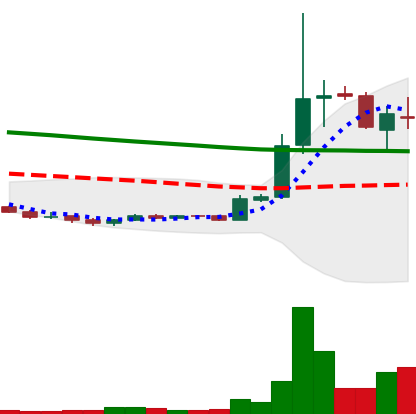
Ticker: XRP-USD
Chart end date: 2018-09-26
Forward return: 11.651%
Label: up_7plus